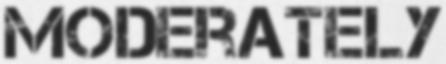
MODERATELY